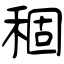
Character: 稒